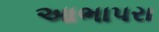
આભાપરા